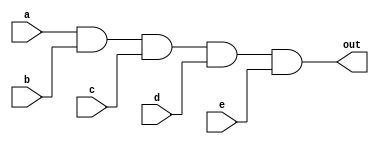
module and_1_5(out,a,b,c,d,e);
	input a,b,c,d,e;
	output out;
	wire w1,w2,w3;
	and a1(w1,a,b);
	and a2(w2,w1,c);
	and a3(w3,w2,d);
	and a4(out,w3,e);
endmodule